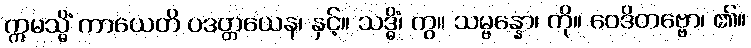
ဣမသ္မိံ ကာယေတိ ပဒတ္တယေန၊ နှင့်။ သဒ္ဓိံ၊ ကွ။ သမ္ဗန္နော၊ ကို။ ဝေဒိတဗ္ဗော၊ ၏။